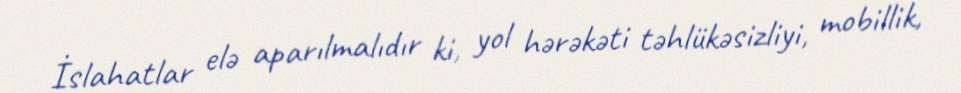
İslahatlar elə aparılmalıdır ki, yol hərəkəti təhlükəsizliyi, mobillik,